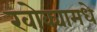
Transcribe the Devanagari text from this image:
खोक्यामधे